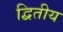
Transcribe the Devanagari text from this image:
द्बितीय